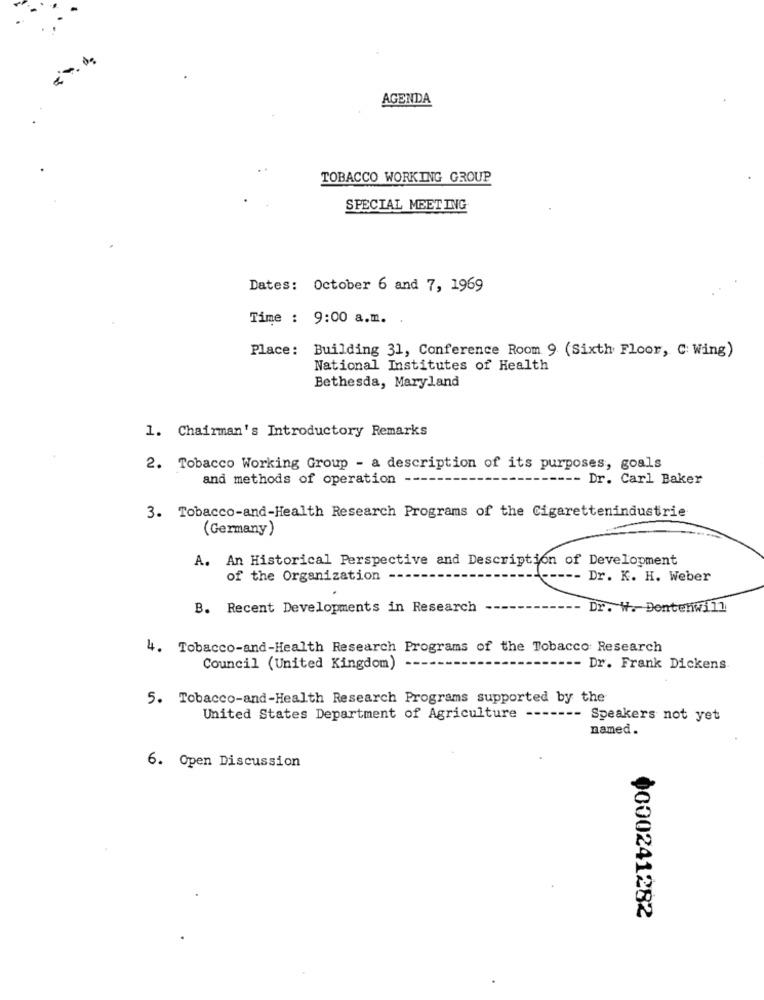
AGENDA
TOBACCO WORKING GROUP
SPECIAL MEETING
Dates: October 6 and 7, 1969
Time : 9:00 a.m.
Place: Building 31, Conference Room 9 (Sixth Floor, C: Wing)
National Institutes of Health
Bethesda, Maryland
1. Chairman's Introductory Remarks
2. Tobacco Working Group - a description of its purposes, goals
and methods of operation --
-- Dr. Carl Baker
3. Tobacco-and-Health Research Programs of the Cigarettenindustrie
(Germany)
A. An Historical Perspective and Description of Development
of the Organization ---
of
Dr. K. H. Weber
B. Recent Developments in Research
Dr. W. Dentenwill
4. Tobacco-and-Health Research Programs of the Tobacco Research
Council (United Kingdom)
-- Dr. Frank Dickens
5. Tobacco-and-Health Research Programs supported by the
United States Department of Agriculture -----
Speakers not yet
named.
6. Open Discussion
0000241282